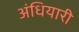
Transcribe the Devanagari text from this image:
अंधियारी